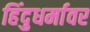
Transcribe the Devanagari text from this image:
हिंदुधर्मावर